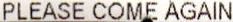
PLEASE COME AGAIN